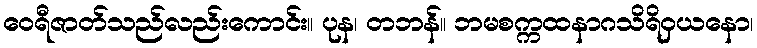
ဝေရီဇာတ်သည်လည်းကောင်း။ ပုန၊ တဘန်။ ဘမစက္ကထနာဂသိရိဝှယနော၊